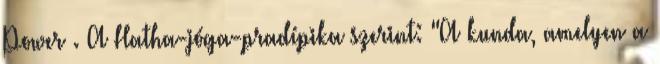
Power . A Hatha-jóga-pradípika szerint: "A kunda, amelyen a